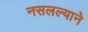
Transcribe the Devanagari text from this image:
नसलल्याने